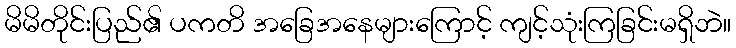
မိမိတိုင်းပြည်၏ ပကတိ အခြေအနေများကြောင့် ကျင့်သုံးကြခြင်းမရှိဘဲ။